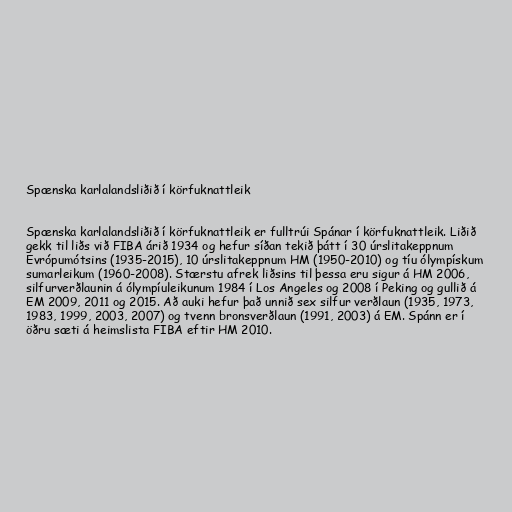
Spænska karlalandsliðið í körfuknattleik

Spænska karlalandsliðið í körfuknattleik er fulltrúi Spánar í körfuknattleik. Liðið
gekk til liðs við FIBA ​​árið 1934 og hefur síðan tekið þátt í 30 úrslitakeppnum
Evrópumótsins (1935-2015), 10 úrslitakeppnum HM (1950-2010) og tíu ólympískum
sumarleikum (1960-2008). Stærstu afrek liðsins til þessa eru sigur á HM 2006,
silfurverðlaunin á ólympíuleikunum 1984 í Los Angeles og 2008 í Peking og gullið á
EM 2009, 2011 og 2015. Að auki hefur það unnið sex silfur verðlaun (1935, 1973,
1983, 1999, 2003, 2007) og tvenn bronsverðlaun (1991, 2003) á EM. Spánn er í
öðru sæti á heimslista FIBA ​​eftir HM 2010.